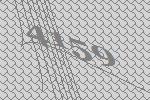
4159